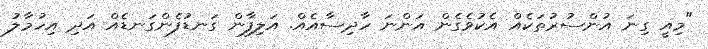
"މިއީ ގިނަ އުންސުރުތަކެއް އެކުވެގެން އަންނަ ހާދިސާއެއް. އަލިފާން ގަނޑުފެންގަނޑެއް އަދި އިހުމާލު